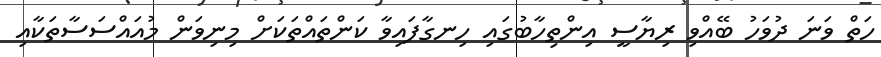
ހަތް ވަނަ ދުވަހު ބޭއްވި ރިޔާސީ އިންތިހާބުގައި ހިނގާފައިވާ ކަންތައްތަކަށް މިނިވަން މުއައްސަސާތަކާއި